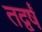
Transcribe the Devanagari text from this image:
तद्वर्षं